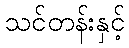
သင်တန်းနှင့်